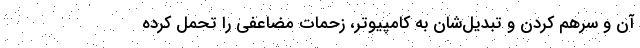
آن و سرهم کردن و تبدیل‌‌شان به کامپیوتر، زحمات مضاعفی را تحمل کرده